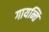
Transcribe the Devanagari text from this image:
गायन्ति